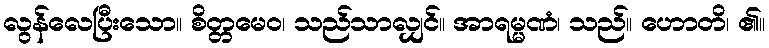
လွန်လေပြီးသော။ စိတ္တမေဝ၊ သည်သာလျှင်။ အာရမ္မဏံ၊ သည်။ ဟောတိ၊ ၏။